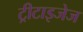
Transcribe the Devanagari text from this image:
ट्रीटाइजेज